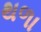
થળા